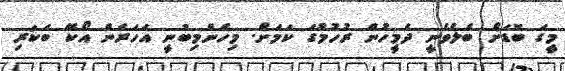
މީގަ ބޮޑަށް ބެލެވެނީ ދެމީހުން ރުހުމުގަ ކަމަށް. މިހެންމިބުނީ އަހަރެން އޯކޭ ބަކަރި